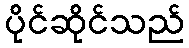
ပိုင်ဆိုင်သည်